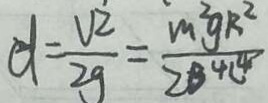
d = \frac { V ^ { 2 } } { 2 g } = \frac { m ^ { 2 } g k ^ { 2 } } { 2 B ^ { 4 } L ^ { 4 } }